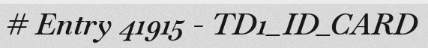
# Entry 41915 - TD1_ID_CARD